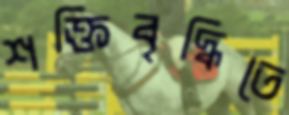
শক্তিবৃদ্ধিতে